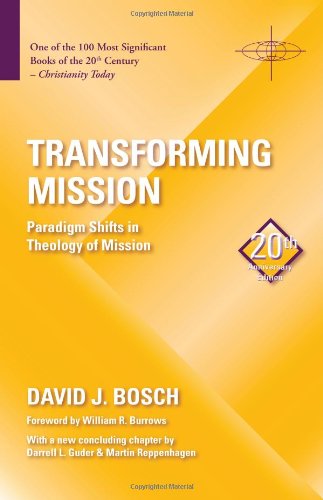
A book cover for Transforming Mission: Paradigm Shifts in Theology of Mission (American Society of Missiology); David J. Bosch; Christian Books & Bibles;